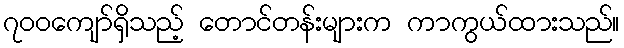
၇၀၀ကျော်ရှိသည့် တောင်တန်းများက ကာကွယ်ထားသည်။